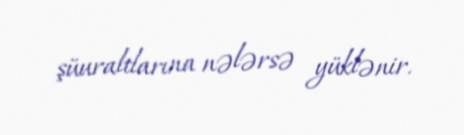
şüuraltlarına nələrsə yüklənir.